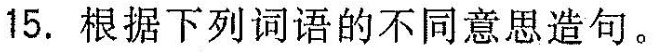
15.根据下列词语的不同意思造句.